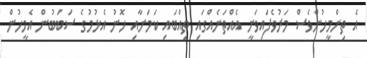
އެ ތިންމީހުންވެސް މަރުވެފައިވަނީ އެއްތަނެއްގައި ތިއްބައި ކަމަށާއި ހޮނު އެޅުމުގެ ސަބަބުން އެމީހުން